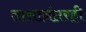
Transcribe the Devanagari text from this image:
तासानंतरही